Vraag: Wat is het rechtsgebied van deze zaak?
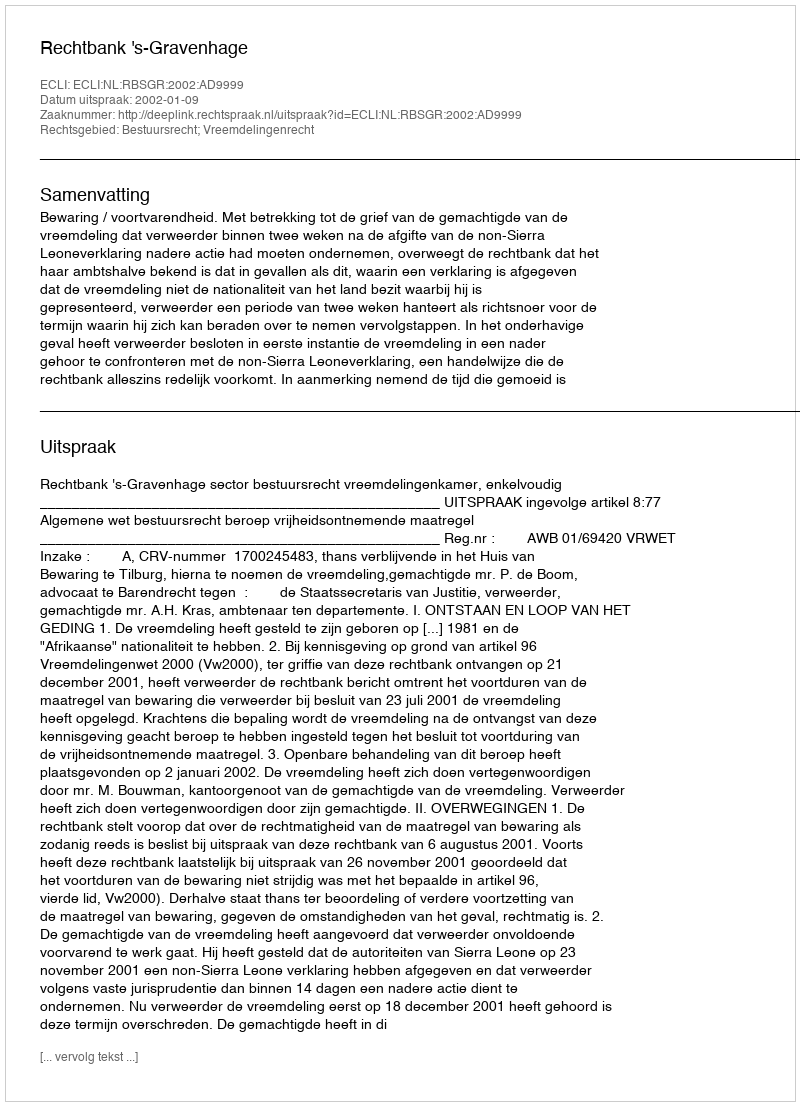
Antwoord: Bestuursrecht; Vreemdelingenrecht